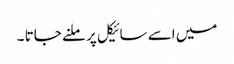
میں اسے سائیکل پر ملنے جاتا ۔